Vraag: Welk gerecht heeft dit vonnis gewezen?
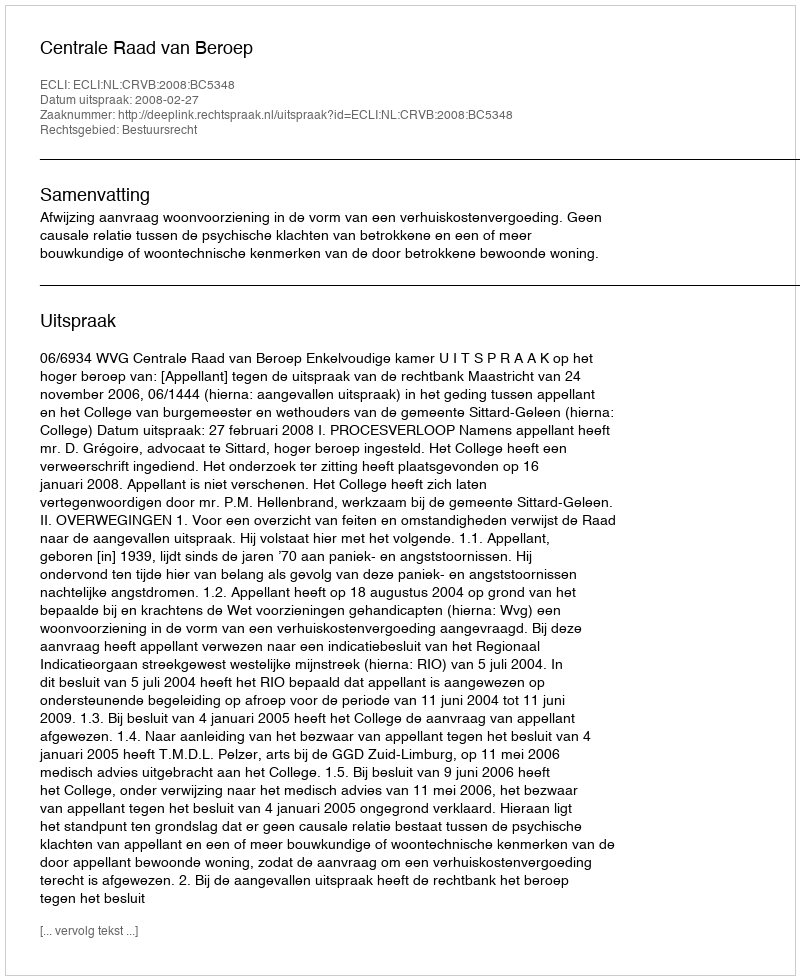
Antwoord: Centrale Raad van Beroep